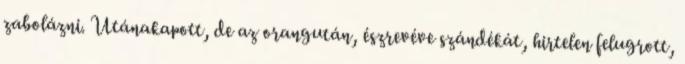
zabolázni. Utánakapott, de az orangután, észrevéve szándékát, hirtelen felugrott,